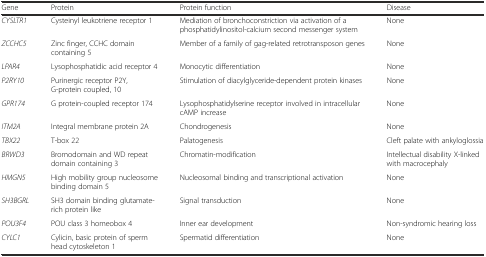
| Gene | Protein | Protein function | Disease |
 | --- | --- | --- | --- |
 | CYSLTR1 | Cysteinyl leukotriene receptor 1 | Mediation of bronchoconstriction via activation of a phosphatidylinositol-calcium second messenger system | None |
 | ZCCHC5 | Zinc finger, CCHC domain containing 5 | Member of a family of gag-related retrotransposon genes | None |
 | LPAR4 | Lysophosphatidic acid receptor 4 | Monocytic differentiation | None |
 | P2RY10 | Purinergic receptor P2Y, G-protein coupled, 10 | Stimulation of diacylglyceride-dependent protein kinases | None |
 | GPR174 | G protein-coupled receptor 174 | Lysophosphatidylserine receptor involved in intracellular cAMP increase | None |
 | ITM2A | Integral membrane protein 2A | Chondrogenesis | None |
 | TBX22 | T-box 22 | Palatogenesis | Cleft palate with ankyloglossia |
 | BRWD3 | Bromodomain and WD repeat domain containing 3 | Chromatin-modification | Intellectual disability X-linked with macrocephaly |
 | HMGN5 | High mobility group nucleosome binding domain 5 | Nucleosomal binding and transcriptional activation | None |
 | SH3BGRL | SH3 domain binding glutamate-rich protein like | Signal transduction | None |
 | POU3F4 | POU class 3 homeobox 4 | Inner ear development | Non-syndromic hearing loss |
 | CYLC1 | Cylicin, basic protein of sperm head cytoskeleton 1 | Spermatid differentiation | None |